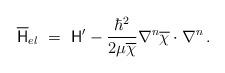
LaTeX: \begin{align*}\overline{\mathsf{H}}_{el}\ = \ \mathsf{H}' - \frac{\hbar^2}{2\mu\overline{\chi}}{\bf \nabla}^n\overline{\chi}\cdot{\bf \nabla}^n\, .\end{align*}